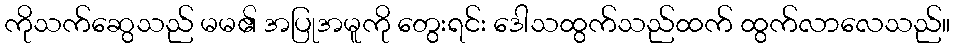
ကိုသက်ဆွေသည် မမ၏ အပြုအမူကို တွေးရင်း ဒေါသထွက်သည်ထက် ထွက်လာလေသည်။